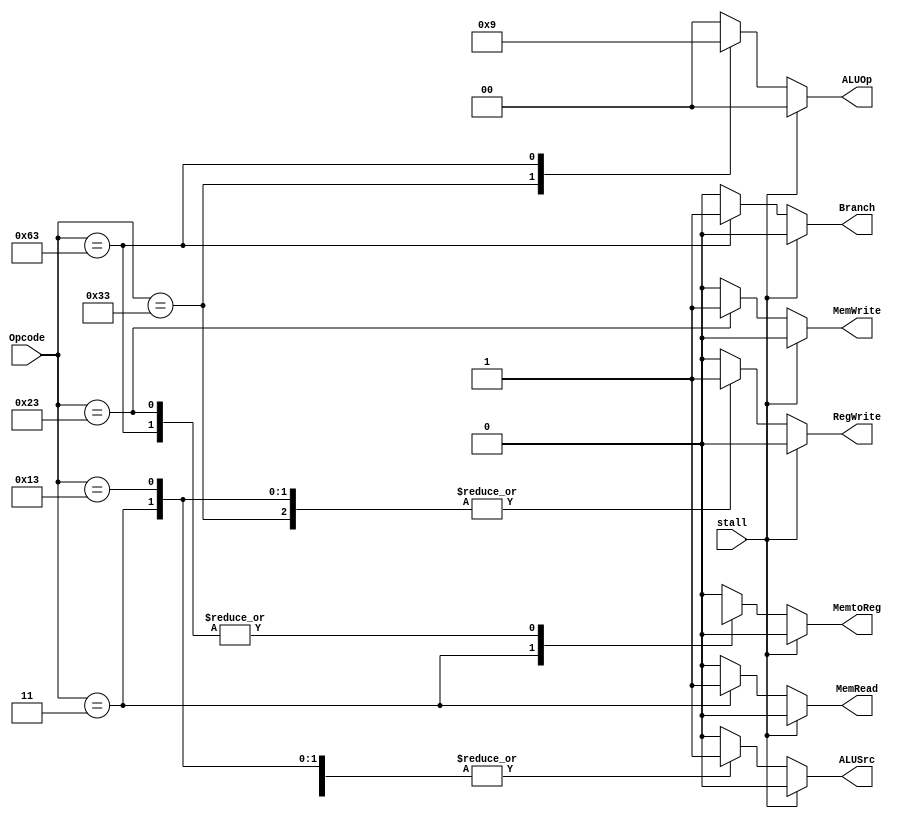
module Control_Unit(
    input stall,
    input [6:0] Opcode,
    output reg [1:0] ALUOp,
    output reg Branch,
    output reg MemRead,
    output reg MemtoReg,
    output reg MemWrite,
    output reg ALUSrc,
    output reg RegWrite
    );

always @(*) begin
    case(Opcode)
        7'b0110011: begin //R-Format Instruction
            Branch = 1'b0; MemRead = 1'b0; MemtoReg = 1'b0; ALUOp = 2'b10;
            MemWrite = 1'b0; ALUSrc = 1'b0; RegWrite = 1'b1;
        end
        7'b0000011: begin //I-Format Instruction(ld)
            Branch = 1'b0; MemRead = 1'b1; MemtoReg = 1'b1; ALUOp = 2'b00;
            MemWrite = 1'b0; ALUSrc = 1'b1; RegWrite = 1'b1;
        end
        7'b0010011: begin //I-Type Instruction (addi)
            Branch = 1'b0; MemRead = 1'b0; MemtoReg = 1'b0; ALUOp = 2'b00;
            MemWrite = 1'b0; ALUSrc = 1'b1; RegWrite = 1'b1;
        end
        7'b0100011: begin //S-Type Instruction(sd)
            Branch = 1'b0; MemRead = 1'b0; MemtoReg = 1'bx; ALUOp = 2'b00;
            MemWrite = 1'b1; ALUSrc = 1'b1; RegWrite = 1'b0;
        end
        7'b1100011: begin //SB-Type Instruction(beq)
            Branch = 1'b1; MemRead = 1'b0; MemtoReg = 1'bx; ALUOp = 2'b01;
            MemWrite = 1'b0; ALUSrc = 1'b0; RegWrite = 1'b0;
        end
        default: begin //Default Condition
            Branch = 1'b0; MemRead = 1'b0; MemtoReg = 1'b0; ALUOp = 2'b00;
            MemWrite = 1'b0; ALUSrc = 1'b0; RegWrite = 1'b0;
        end
    endcase 
    if (stall == 1'b1) begin
        Branch = 1'b0; MemRead = 1'b0; MemtoReg = 1'b0; ALUOp = 2'b00;
        MemWrite = 1'b0; ALUSrc = 1'b0; RegWrite = 1'b0;
    end
end
endmodule